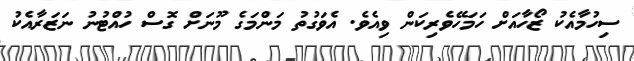
ސިހުމާއެކު ޒޯހާއަށް ހަމަހޭވެރިކަން ވިއެވެ. އެވަގުތު މަންމަގެ މޫނަށް ގޮސް ހުއްޓުނު ނަޒަރާއެކު